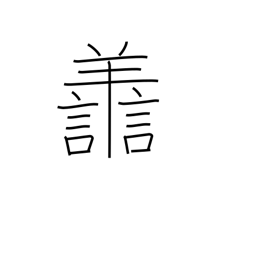
Meaning: virtuous